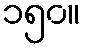
၁၅၀။